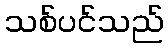
သစ်ပင်သည်